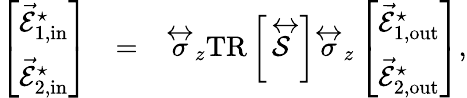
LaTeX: \begin{array}{rlr}{\left[\begin{array}{l}{\vec{\mathcal{E}}_{1,\mathrm{in}}^{\star}}\\ {\vec{\mathcal{E}}_{2,\mathrm{in}}^{\star}}\end{array}\right]}&{=}&{\stackrel{\leftrightarrow}{\sigma}_{z}\mathrm{TR}\left\lbrack\stackrel{\leftrightarrow}{\mathcal{S}}\right\rbrack\stackrel{\leftrightarrow}{\sigma}_{z}\left[\begin{array}{l}{\vec{\mathcal{E}}_{1,\mathrm{out}}^{\star}}\\ {\vec{\mathcal{E}}_{2,\mathrm{out}}^{\star}}\end{array}\right],}\end{array}